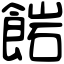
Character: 𩜠